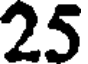
25